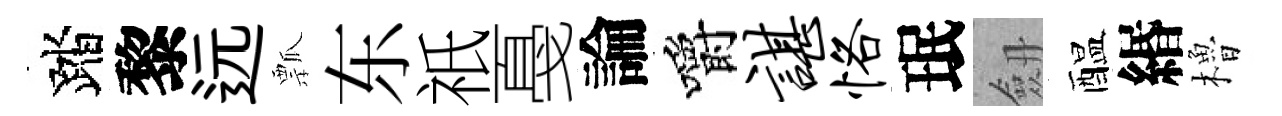
踏黎远瓢东祇戞論嚼谌恪珉劔醖緡櫓